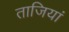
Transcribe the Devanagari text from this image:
ताजियां